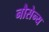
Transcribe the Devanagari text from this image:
नौसेन्य